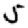
Digit: 5